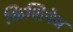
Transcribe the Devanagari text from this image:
किशिनेव